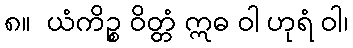
၈။  ယံကိဉ္စ ဝိတ္တံ ဣဓ ဝါ ဟုရံ ဝါ၊